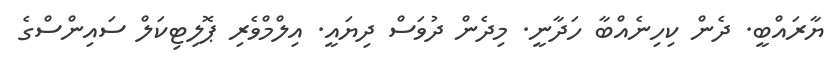
ޔާރައްބީ. ދެން ކިހިނެއްބާ ހަދާނީ. މިދެން ދުވަސް ދިޔައީ. އިލްމްވެރި ޕޮލިޓިކަލް ސައިންސްގެ